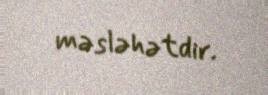
məsləhətdir.